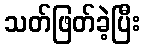
သတ်ဖြတ်ခဲ့ပြီး